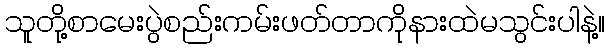
သူတို့စာမေးပွဲစည်းကမ်းဖတ်တာကိုနားထဲမသွင်းပါနဲ့။